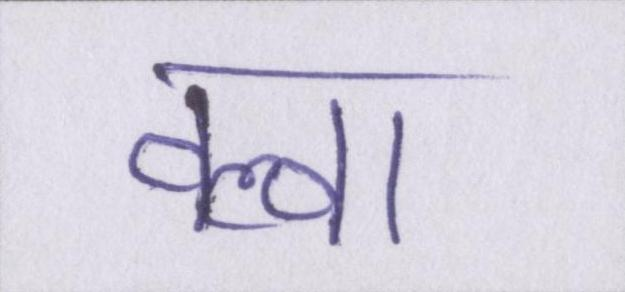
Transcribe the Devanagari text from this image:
वल्वा